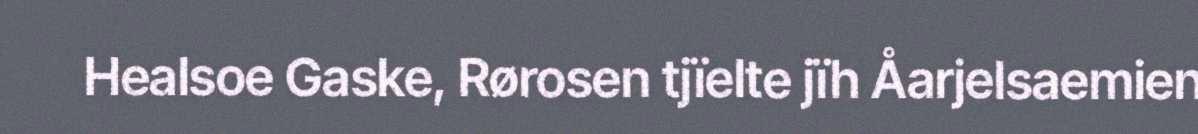
Healsoe Gaske, Rørosen tjïelte jïh Åarjelsaemien